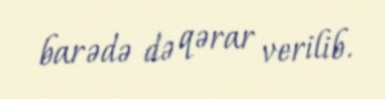
barədə də qərar verilib.